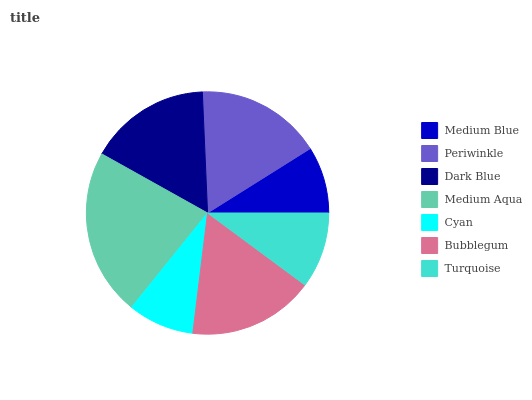
| Medium Blue | Periwinkle | Dark Blue | Medium Aqua | Cyan | Bubblegum | Turquoise |
 | --- | --- | --- | --- | --- | --- | --- |
 | 8.91% | 16.7% | 16.2% | 22.3% | 8.86% | 16.9% | 10.1% |